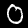
Label: 0